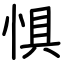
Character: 惧